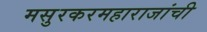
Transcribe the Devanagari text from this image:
मसुरकरमहाराजांची